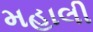
મહાલી